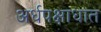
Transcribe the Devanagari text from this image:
अर्धपक्षाधात